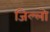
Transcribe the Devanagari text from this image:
जिल्लो